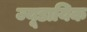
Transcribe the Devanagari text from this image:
ज्यूडायिक